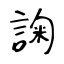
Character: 諊